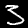
Digit: 3